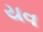
યવ